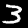
Digit: 3